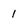
Character: 1